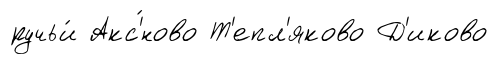
ручьи́ Акс'́ново Т'епл'яково Д'иково